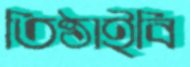
তিষ্ঠাইবি